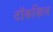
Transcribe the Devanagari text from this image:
टॉकव्हिल